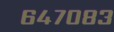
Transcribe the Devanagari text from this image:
६४७०८३